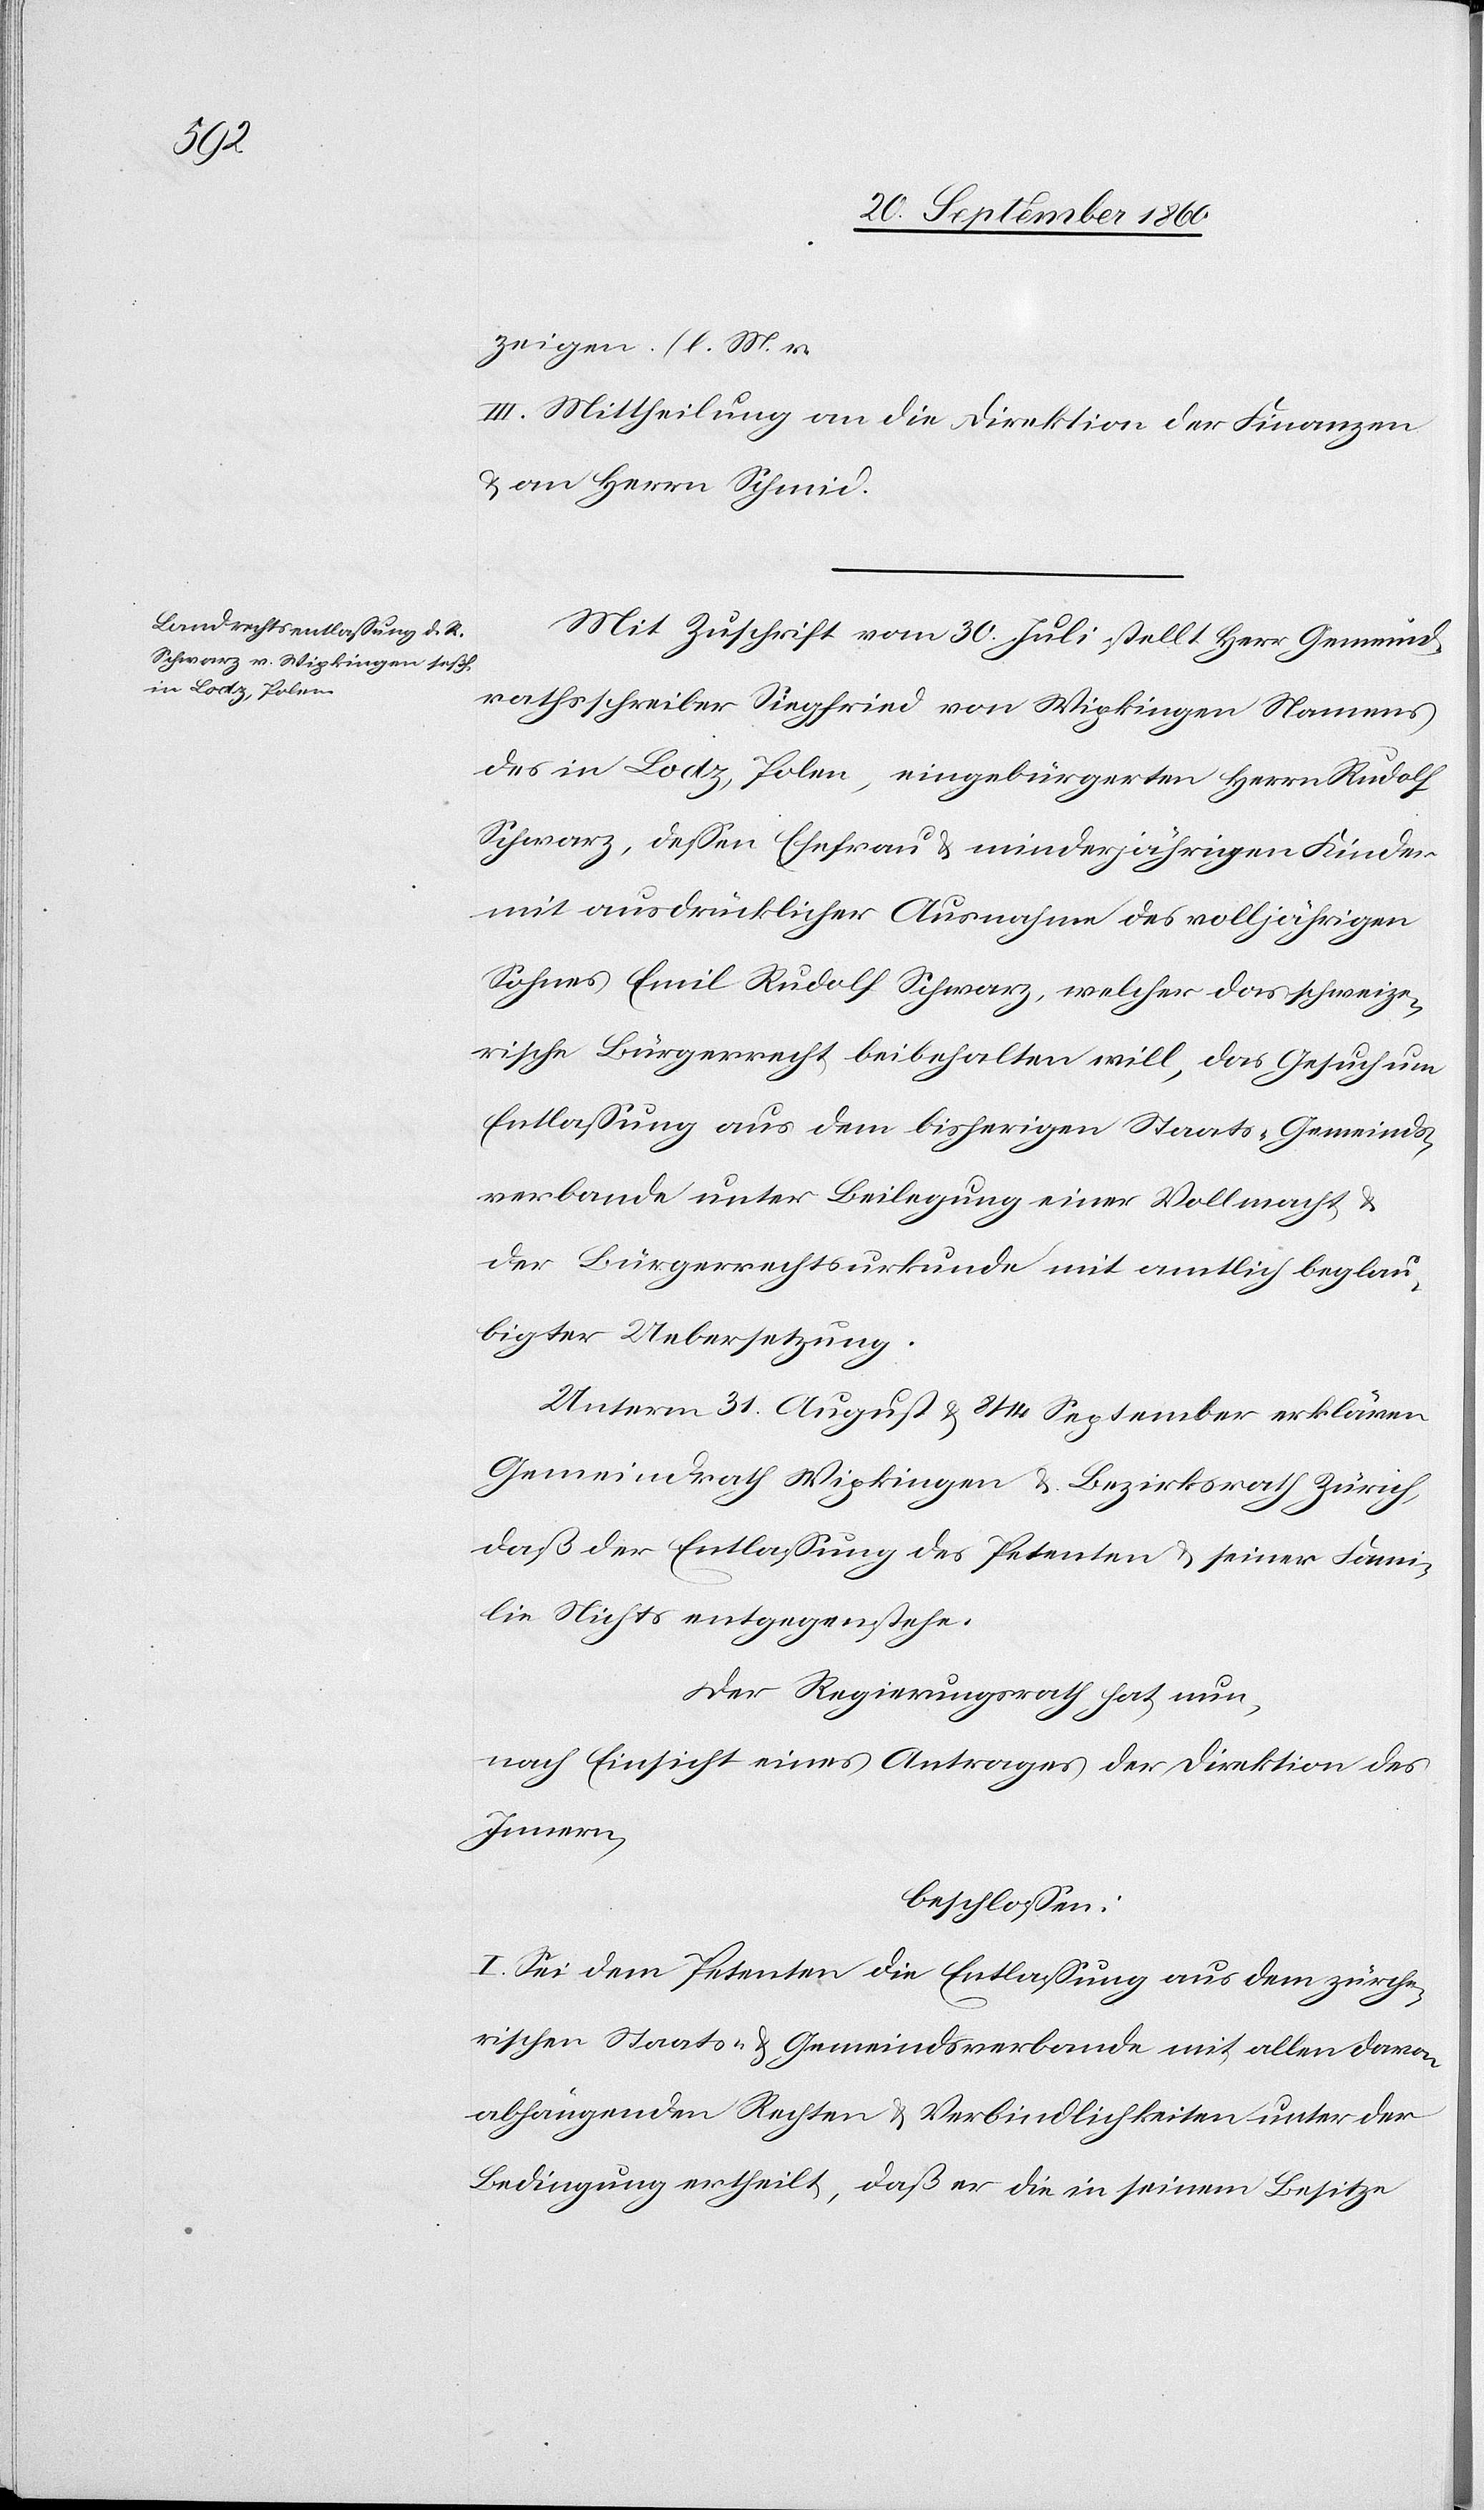
zeigen. (l. M. v.
III. Mittheilung an die Direktion der Finanzen
& an Herrn Schmid.
Mit Zuschrift vom 30. Juli stellt Herr Gemeind¬
rathsschreiber Siegried von Wipkingen Namens
des in Lodz, Polen, eingebürgerten Herrn Rudolf
Schwarz, dessen Ehefrau & minderjährigen Kinder
mit ausdrücklicher Ausnahme des volljährigen
Sohnes Emil Rudolf Schwarz, welcher das schweize¬
rische Bürgerrecht beibehalten will, das Gesuch um
Entlassung aus dem bisherigen Staats-Gemeinds¬
verbande unter Beilegung einer Vollmacht &
der Bürgerrechtsurkunde mit amtlich beglau¬
bigter Uebersetzung.
Unterm 31. August & 8/14. September erklären
Gemeindrath Wipkingen & Bezirksrath Zürich,
daß der Entlassung des Petenten & seiner Fami¬
lie Nichts entgegenstehe.
Der Regierungsrath hat nun,
nach Einsicht eines Antrages der Direktion des
Innern,
beschlossen:
I. Sei dem Petenten die Entlassung aus dem zürche¬
rischen Staats- & Gemeindsverbande mit allen davon
abhängenden Rechten & Verbindlichkeiten unter der
Bedingung ertheilt, daß er die in seinem Besitze